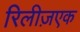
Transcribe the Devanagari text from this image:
रिलीज़एक